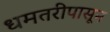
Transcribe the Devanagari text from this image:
धमतरीपासून